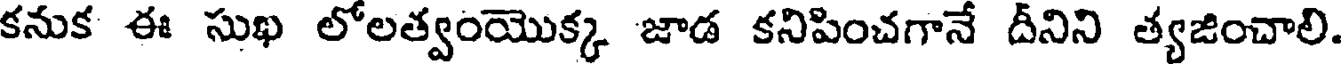
కనుక ఈ సుఖ లోలత్వంయొక్క జాడ కనిపించగానే దీనిని త్యజించాలి.